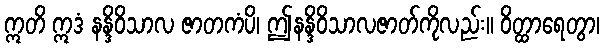
ဣတိ ဣဒံ နန္ဒိဝိသာလ ဇာတကံပိ၊ ဤနန္ဒိဝိသာလဇာတ်ကိုလည်း။ ဝိတ္ထာရေတွာ၊